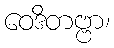
ဝေဒိတဗ္ဗာ၊